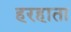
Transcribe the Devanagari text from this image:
हरहाता